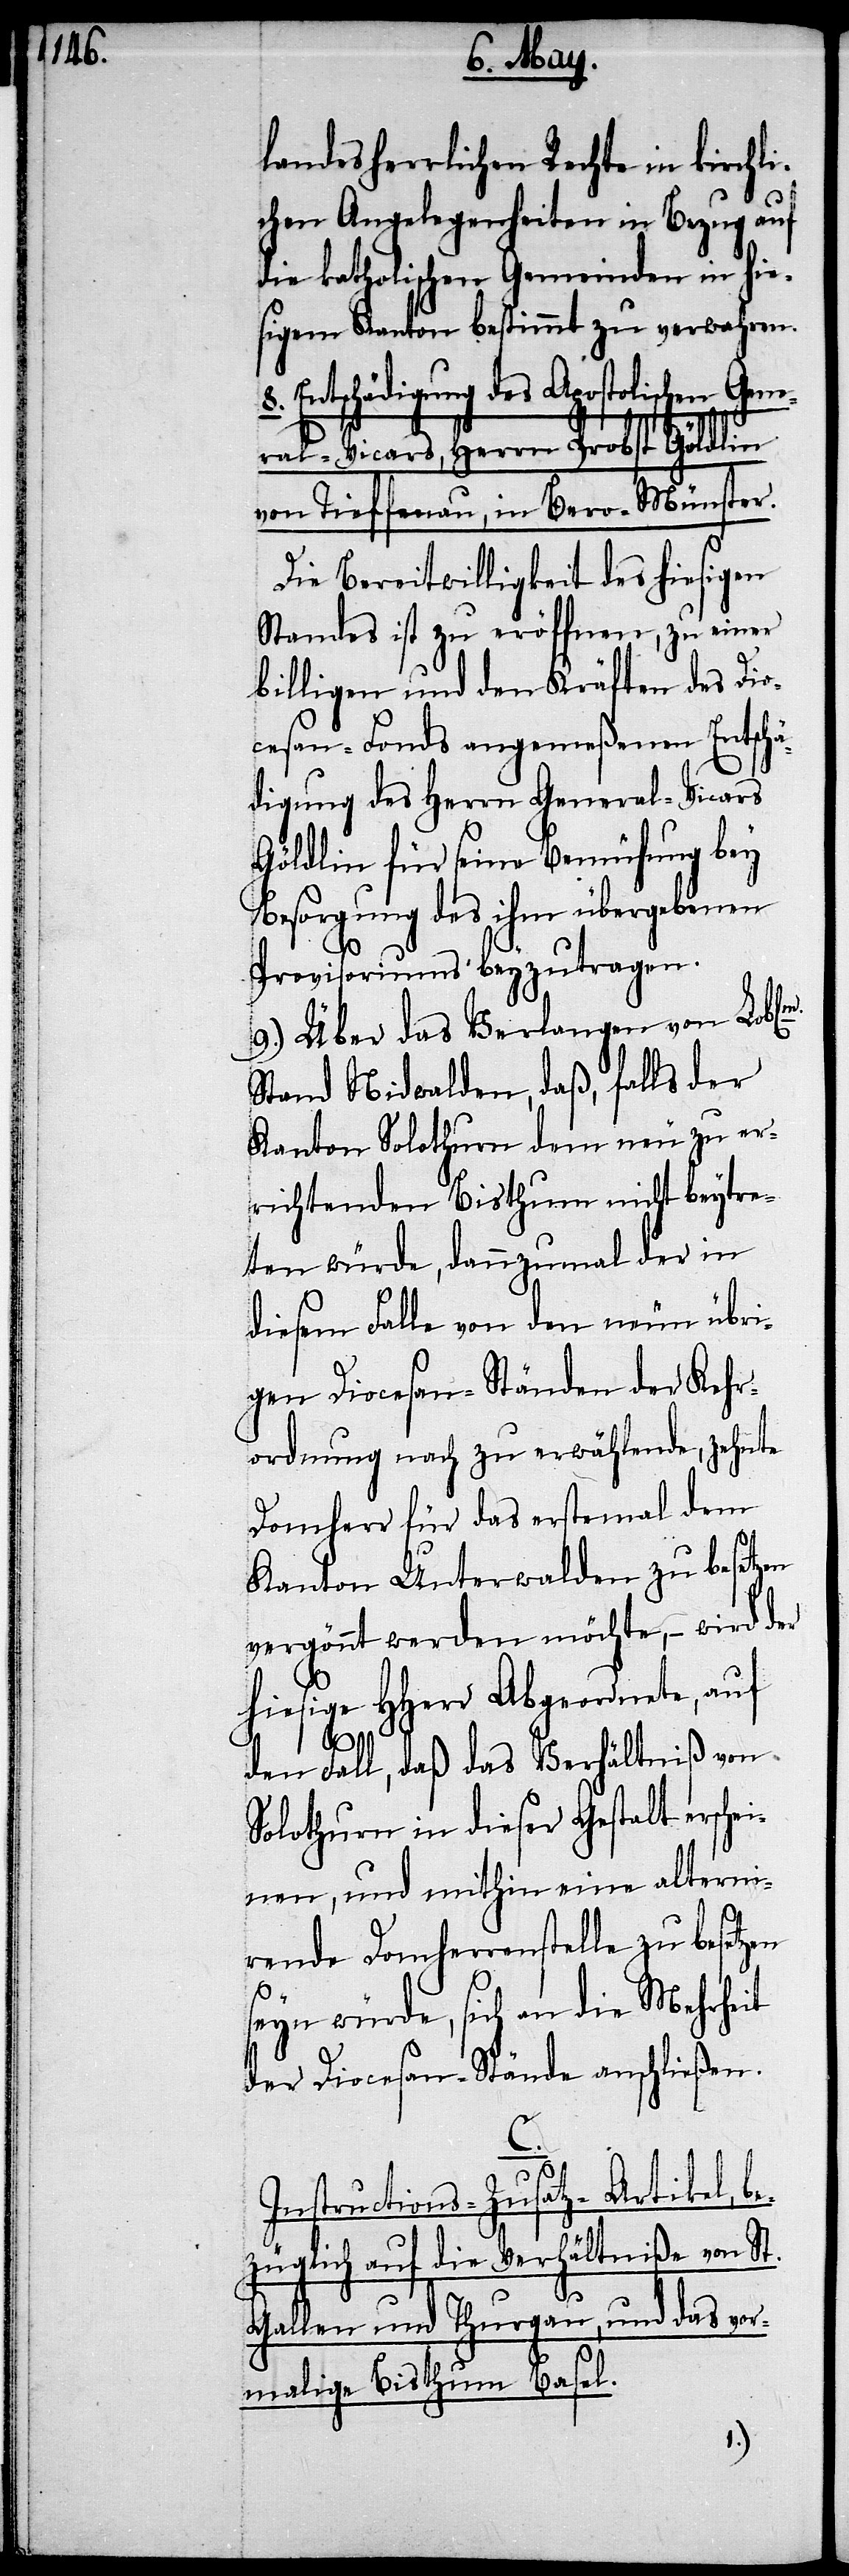
landesherrlichen Rechte in kirchli¬
chen Angelegenheiten in Bezug auf
die katholischen Gemeinden in hie¬
sigem Kanton bestimmt zu verwahren.
Entschädigung des Apostolischen Gene¬
z-A¬
ral-Vicars, Herrn Probst Göldlin
von Tieffenau, in Bero-Münster.
Die Bereitwilligkeit des hiesigen
Standes ist zu eröffnen, zu einer
billigen und den Kräften des Dio¬
cesan-Fonds angemeßenen Entschä¬
digung des Herrn General-Vicars
Göldlin für seine Bemühung bey
Besorgung des ihm übergebenen
Provisoriums beyzutragen.
9.) Über das Verlangen von Lobl[i¬
Stand Nidwalden, daß, falls der
Kanton Solothurn dem neu zu er¬
richtenden Bisthum nicht beytra¬
gen würde, dannzumal der in
diesem Falle von den neun übri¬
gen Diocesan-Ständen der Kehr¬
ordnung nach zu erwählende, zehnte
Domherr für das erste mal dem
Kanton Unterwalden zu besetzen
vergönnt werden möchte, – wird der
hiesige HHerr Abgeordnete, auf
den Fall, daß das Verhältniß von
Solothurn in dieser Gestalt ersche¬
inen, und mithin eine alterni¬
rende Domherrenstelle zu bese¬
seyn würde, sich an die Mehrheit
der Diocesan-Stände anschließen.
C.
rtikel, b¬
Instructions-Zusat¬
ezüglich auf die Verhältniße von St.
Gallen und Thurgau, und das vor¬
malige Bisthum Basel.